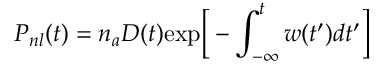
P _ { n l } ( t ) = n _ { a } D ( t ) \mathrm { e x p } \bigg [ - \int _ { - \infty } ^ { t } w ( t ^ { \prime } ) d t ^ { \prime } \bigg ]